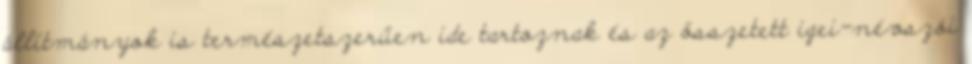
állítmányok is természetszerűen ide tartoznak és az összetett igei-névszói